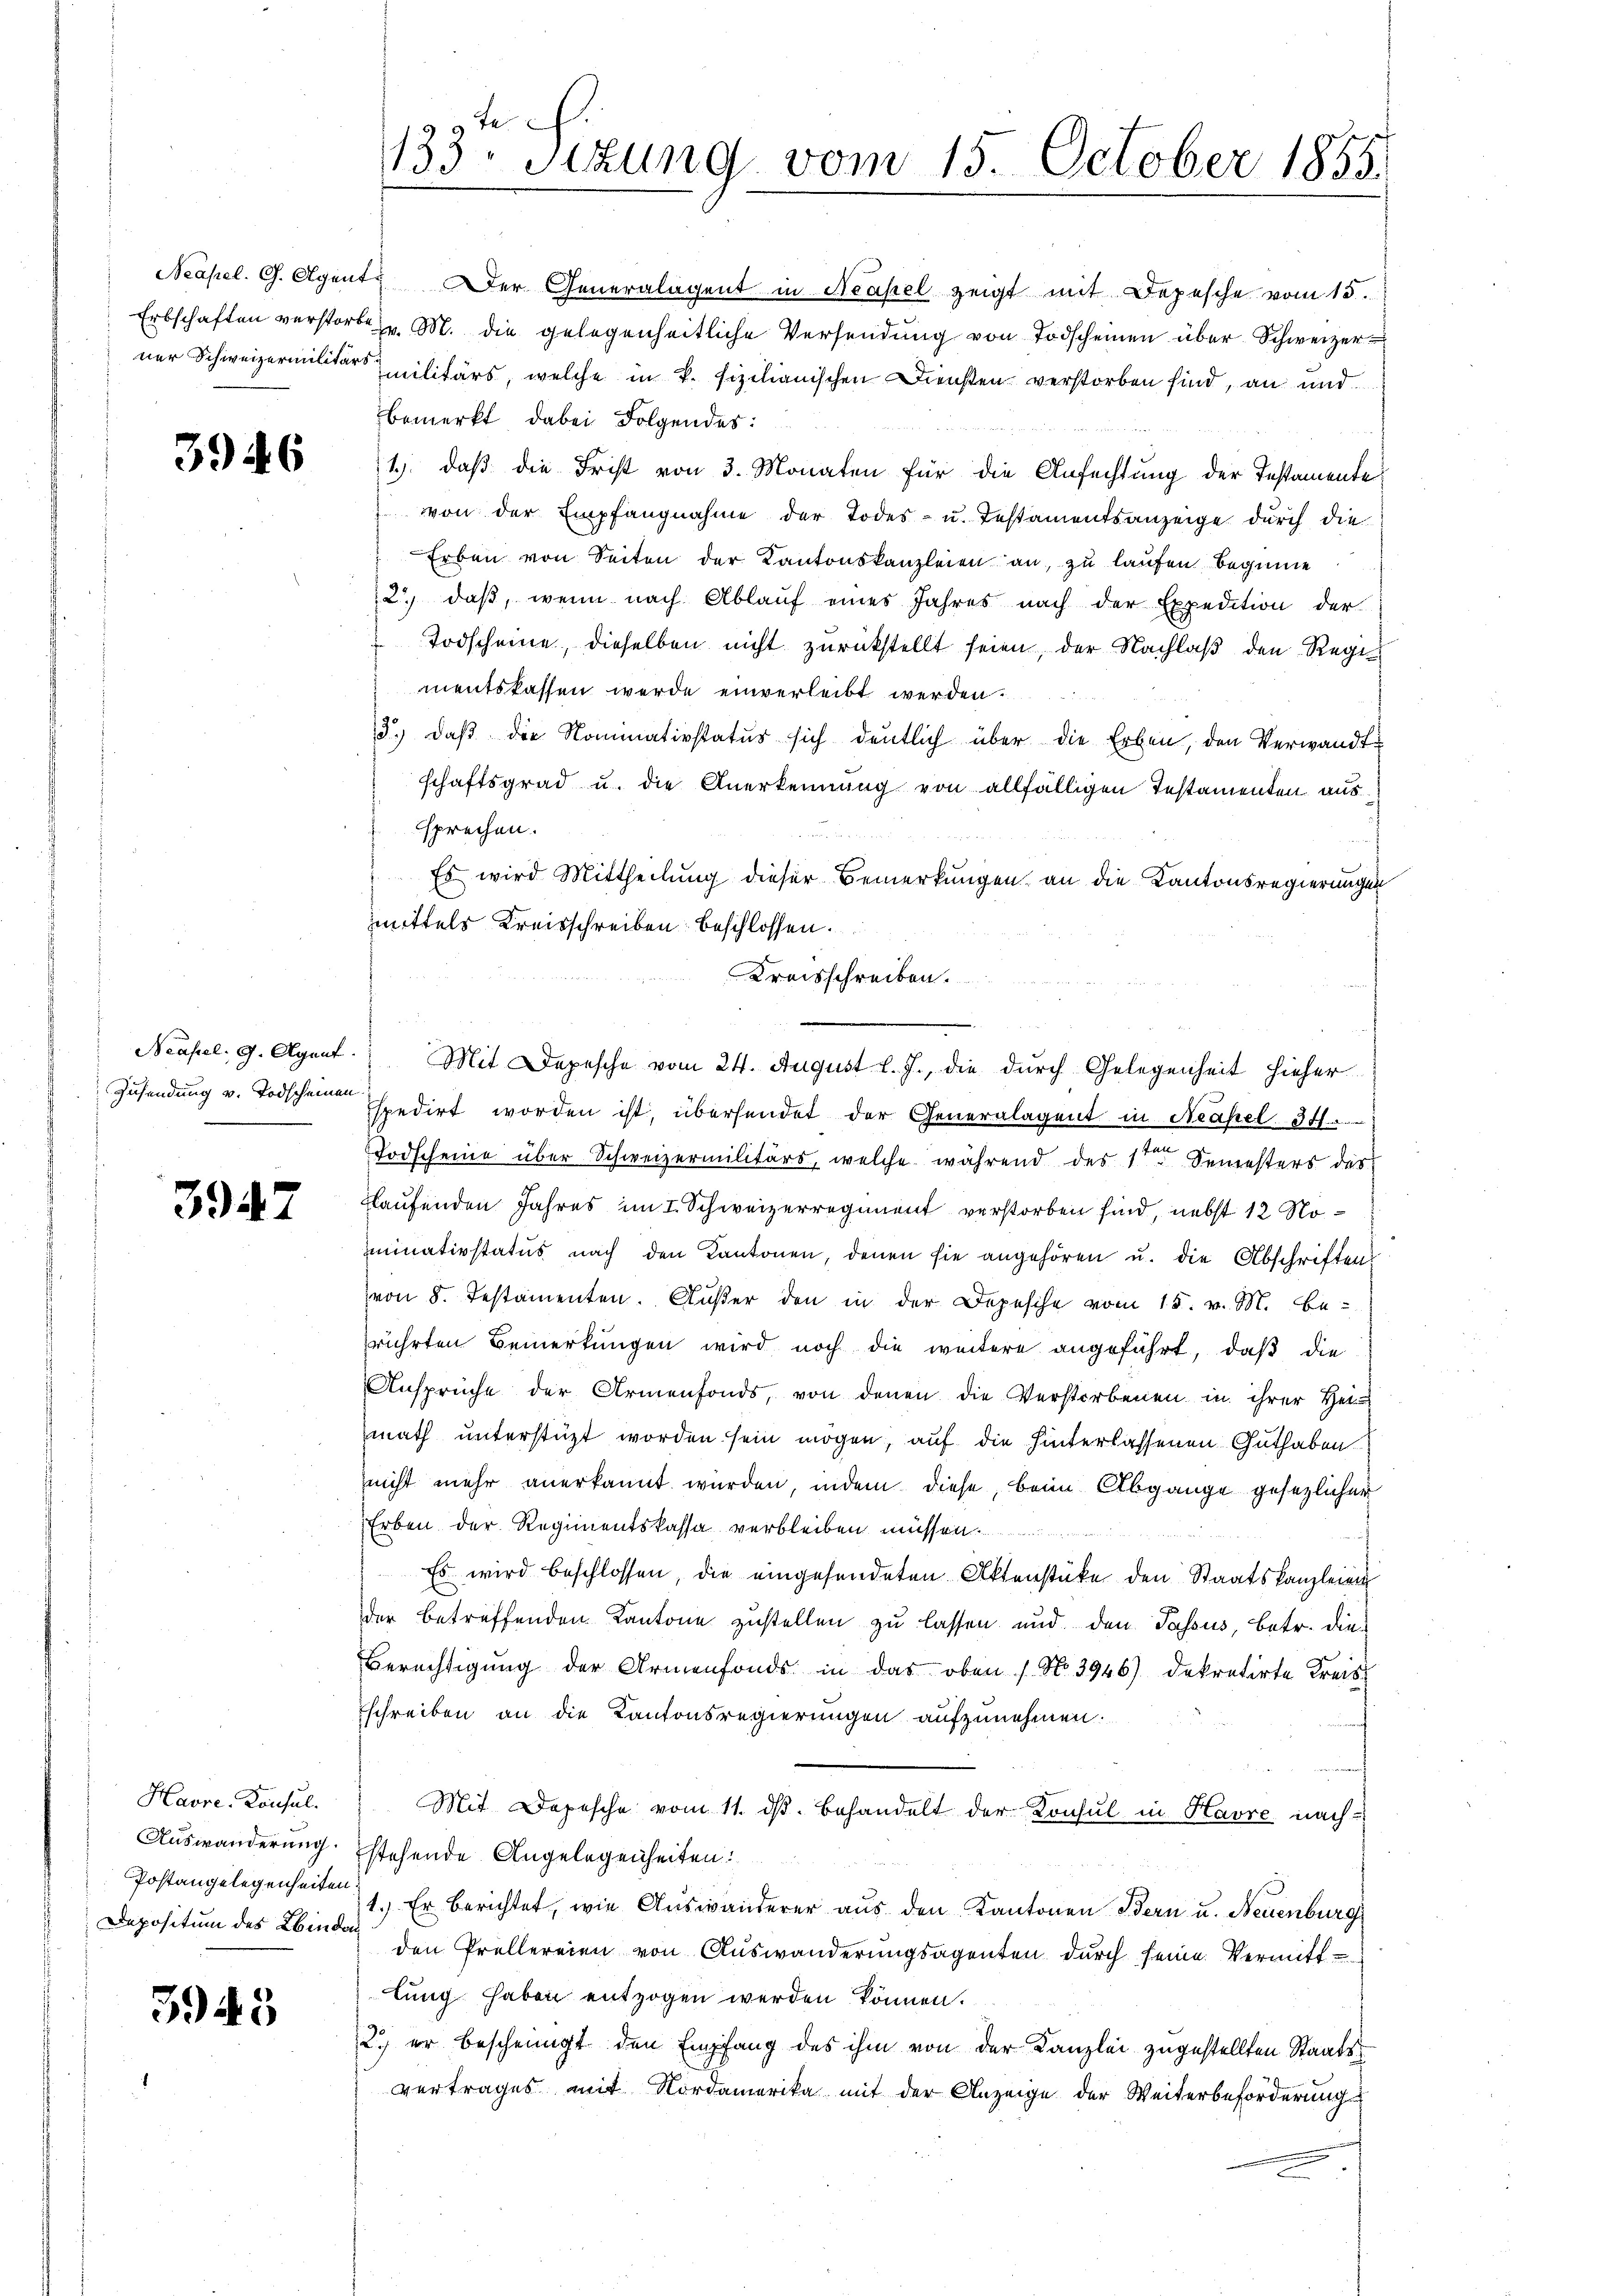
3946

Neapel. G. Agent

3947

Havre-Konsul-
Auswanderung.
Postangelegenheiten
Depositum des Kinde

3945

99 ff.
133. Sitzung vom 15. October 1855.

Neapel. G. Agent. Der Generalagent in Neapel zeigt mit Depesche vom 15.
Erbschaften verstorbe zu. M. die gelegenheitliche Versendŭng von Todscheinen über Schweizer-
ner Schweizermilitärs militärs, welche in v. sizilianischen Diensten verstorben sind, an und
bemerkt dabei Folgendes:
1.) daß die Frist von 3. Monaten für die Anfechtung der Instamente
von der Empfangnahme der Todes- u. Testamentsanzeige durch die
Erben von Seiten der Kantonskanzleien an, zu laufen beginne
2) daß, wenn nach Ablauf eines Jahres nach der Expedition der
Todscheine, dieselben nicht zurückstellt seien, der Nachlaß den Regi
mentskassen werde einverleibt werden.
3.) daß die Nominativstatus sich deutlich über die Erben, den Verwandte
schaftsgrad u. die Anerkennung von allfälligen Testamenten aus
sprechen.
 Es wird Mittheilung dieser Bemerkungen, an die Kantonsregierungen
mittels Kreisschreiben beschlossen.
Kreisschreiben.
.
Mit Depesche vom 24. August l. J., die durch Gelegenheit hieher
Zusendung v. Todscheiner spedirt worden ist, übersendet der Generalagent in Neapel. 341.
Todscheine über Schweizermilitärs, welche während des 1ten Semesters des
flaufenden Jahres im I. Schweizerregiment verstorben sind, nebst 12 Noiminativstatus nach den Kantonen, denen sie angehören u. die Abschriften.
von 8. Testamenten. Außer den in der Depesche vom 15. v. M. Be-
rührten Bemerkungen wird noch die weitere angeführt, daß die
Ansprüche der Armenfonds, von denen die Verstorbenen in ihrer Hei-
math unterstüzt worden sein mögen, auf die hinterlassenen Guthaben
zeicht mehr anerkannt wurden, indem diese, beim Abgange gesezlicher
Erben der Regimentskassa verbleiben müssen
Es wird beschlossen, die eingesendeten Aktenstüke den Staatskanzleien
der betreffenden Kantone zustellen zu lassen und den Passus, betr. die¬
Berechtigung der Armenfonds in das oben ( No 3946) dekretirte Kreis-
schreiben an die Kantonsregierungen aufzunehmen.
Mit Depesche vom 11. ds. behandelt der Konsul in Havre nach-
stehende Angelegenheiten:
1.) Er berichtet, wie Auswanderer aus den Kantonen Bern u. Neuenburg
den Prellereien von Auswanderungsagenten durch seine Vermittlung haben entzogen werden können.
2.) er bescheinigt den Empfang des ihm von der Kanzlei zugestellten Staatsvertrages mit Nordamerika mit der Anzeige der Weiterbeforderung

.